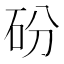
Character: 砏